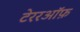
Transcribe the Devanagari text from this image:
टेररऑफ़